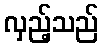
လှည့်သည်